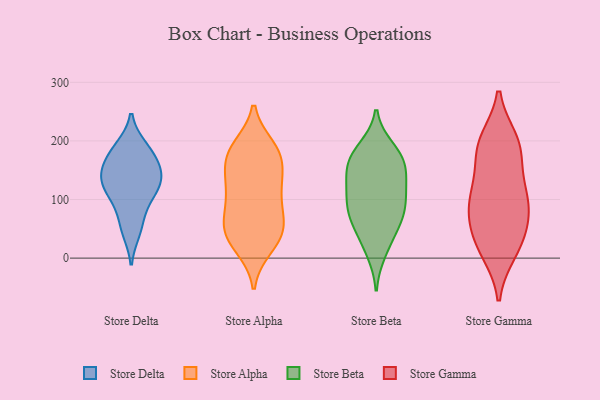
{"axis": {"x": "Temperature (°C)", "y": "Value"}, "legend": ["Store Alpha", "Store Beta", "Store Delta", "Store Gamma"], "data": [{"x": "", "y": 143, "type": "Store Delta"}, {"x": "", "y": 187, "type": "Store Delta"}, {"x": "", "y": 168, "type": "Store Delta"}, {"x": "", "y": 140, "type": "Store Delta"}, {"x": "", "y": 134, "type": "Store Delta"}, {"x": "", "y": 119, "type": "Store Delta"}, {"x": "", "y": 57, "type": "Store Delta"}, {"x": "", "y": 133, "type": "Store Delta"}, {"x": "", "y": 168, "type": "Store Delta"}, {"x": "", "y": 96, "type": "Store Delta"}, {"x": "", "y": 105, "type": "Store Delta"}, {"x": "", "y": 189, "type": "Store Delta"}, {"x": "", "y": 46, "type": "Store Delta"}, {"x": "", "y": 118, "type": "Store Alpha"}, {"x": "", "y": 106, "type": "Store Alpha"}, {"x": "", "y": 140, "type": "Store Alpha"}, {"x": "", "y": 184, "type": "Store Alpha"}, {"x": "", "y": 118, "type": "Store Alpha"}, {"x": "", "y": 180, "type": "Store Alpha"}, {"x": "", "y": 176, "type": "Store Alpha"}, {"x": "", "y": 61, "type": "Store Alpha"}, {"x": "", "y": 142, "type": "Store Alpha"}, {"x": "", "y": 174, "type": "Store Alpha"}, {"x": "", "y": 19, "type": "Store Alpha"}, {"x": "", "y": 51, "type": "Store Alpha"}, {"x": "", "y": 68, "type": "Store Alpha"}, {"x": "", "y": 28, "type": "Store Alpha"}, {"x": "", "y": 33, "type": "Store Alpha"}, {"x": "", "y": 189, "type": "Store Alpha"}, {"x": "", "y": 78, "type": "Store Alpha"}, {"x": "", "y": 43, "type": "Store Alpha"}, {"x": "", "y": 187, "type": "Store Beta"}, {"x": "", "y": 26, "type": "Store Beta"}, {"x": "", "y": 10, "type": "Store Beta"}, {"x": "", "y": 181, "type": "Store Beta"}, {"x": "", "y": 127, "type": "Store Beta"}, {"x": "", "y": 131, "type": "Store Beta"}, {"x": "", "y": 74, "type": "Store Beta"}, {"x": "", "y": 99, "type": "Store Beta"}, {"x": "", "y": 168, "type": "Store Beta"}, {"x": "", "y": 60, "type": "Store Beta"}, {"x": "", "y": 105, "type": "Store Beta"}, {"x": "", "y": 72, "type": "Store Beta"}, {"x": "", "y": 147, "type": "Store Beta"}, {"x": "", "y": 161, "type": "Store Beta"}, {"x": "", "y": 61, "type": "Store Beta"}, {"x": "", "y": 167, "type": "Store Beta"}, {"x": "", "y": 101, "type": "Store Beta"}, {"x": "", "y": 83, "type": "Store Gamma"}, {"x": "", "y": 110, "type": "Store Gamma"}, {"x": "", "y": 27, "type": "Store Gamma"}, {"x": "", "y": 25, "type": "Store Gamma"}, {"x": "", "y": 13, "type": "Store Gamma"}, {"x": "", "y": 97, "type": "Store Gamma"}, {"x": "", "y": 52, "type": "Store Gamma"}, {"x": "", "y": 87, "type": "Store Gamma"}, {"x": "", "y": 121, "type": "Store Gamma"}, {"x": "", "y": 185, "type": "Store Gamma"}, {"x": "", "y": 184, "type": "Store Gamma"}, {"x": "", "y": 193, "type": "Store Gamma"}, {"x": "", "y": 199, "type": "Store Gamma"}]}